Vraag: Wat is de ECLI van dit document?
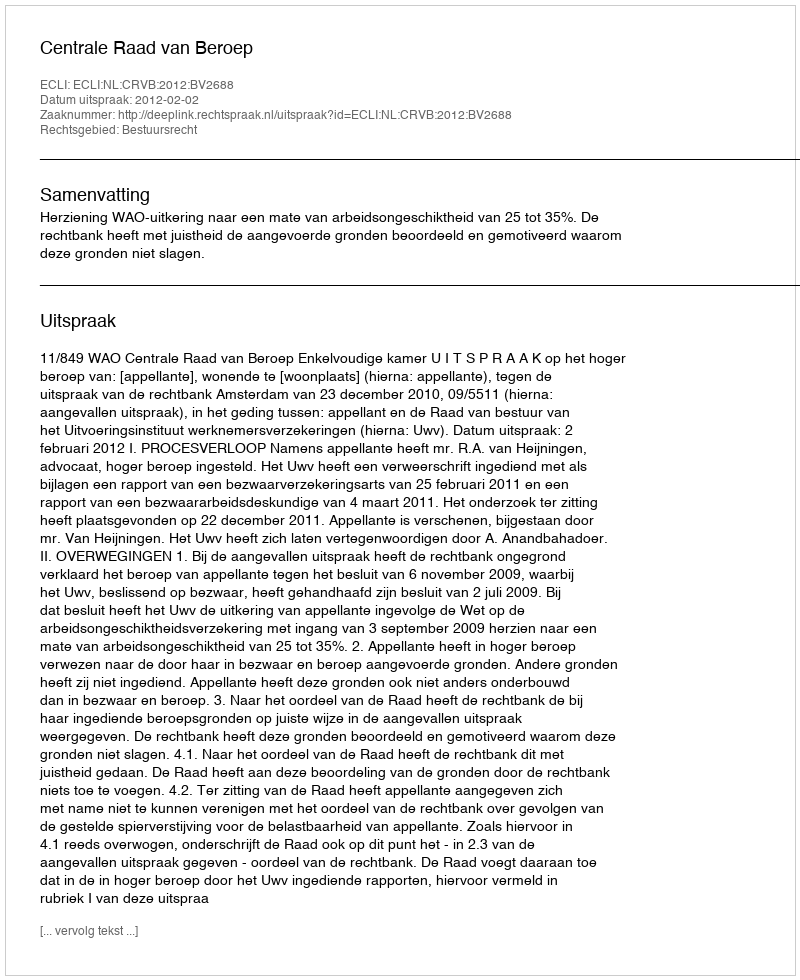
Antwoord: ECLI:NL:CRVB:2012:BV2688